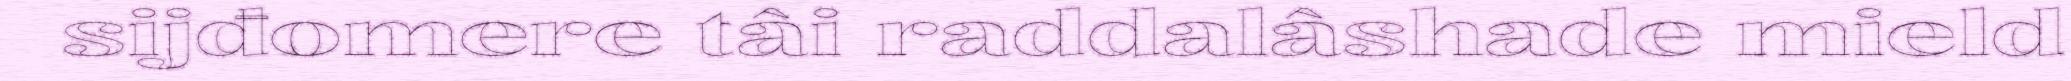
sijđomere tâi raddalâshade mield